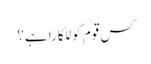
کس قوم کو للکارا ہے؟